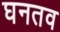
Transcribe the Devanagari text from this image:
घनतव